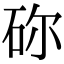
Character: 䂧